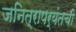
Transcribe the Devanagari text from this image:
जनित्रापर्यंतची